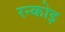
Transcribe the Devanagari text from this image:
रन्कोइ